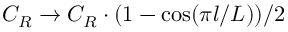
C _ { R } \rightarrow C _ { R } \cdot ( 1 - \cos ( \pi l / L ) ) / 2